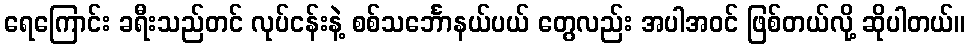
ရေကြောင်း ခရီးသည်တင် လုပ်ငန်းနဲ့ စစ်သင်္ဘောနယ်ပယ် တွေလည်း အပါအဝင် ဖြစ်တယ်လို့ ဆိုပါတယ်။